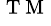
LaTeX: ^{\mathrm{~T~M~}}